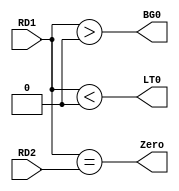
`timescale 1ns / 1ps
//////////////////////////////////////////////////////////////////////////////////
// Company: 
// Engineer: 
// 
// Design Name: 
// Module Name:    cmp 
// Project Name: 
// Target Devices: 
// Tool versions: 
// Description: 
//
// Dependencies: 
//
// Revision: 
// Revision 0.01 - File Created
// Additional Comments: 
//
//////////////////////////////////////////////////////////////////////////////////
module CMP(RD1, RD2, Zero, LT0, BG0);
	input [31:0] RD1;
	input [31:0] RD2;
	output Zero;
	output LT0;
	output BG0;
	
	assign Zero = (RD1 == RD2);
	assign LT0 = ($signed(RD1) < 0);
	assign BG0 = ($signed(RD1) > 0);
endmodule